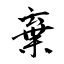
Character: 棄